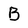
Character: B